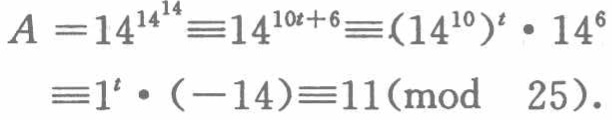
\[

\begin{align*}

A = 14^{14^{14}}&\equiv14^{10t + 6}\equiv(14^{10})^{t}\cdot14^{6}\\

&\equiv1^{t}\cdot(- 14)\equiv11\pmod{25}.

\end{align*}

\]